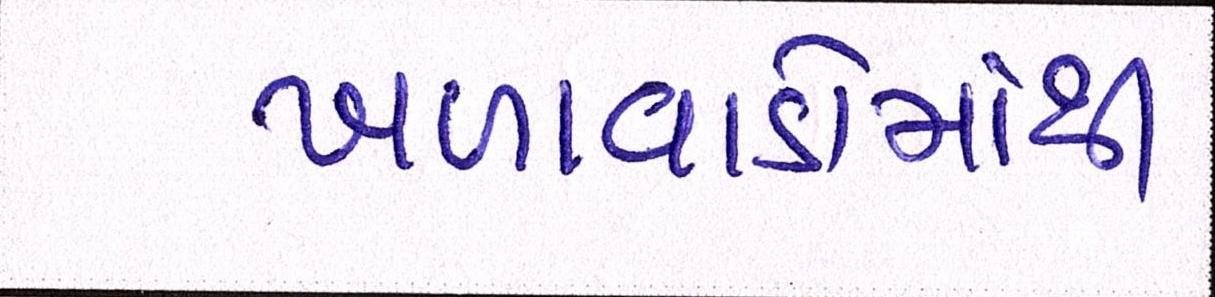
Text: ખળાવાડોમાંથી